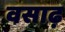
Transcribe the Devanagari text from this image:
वसाढ़